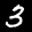
Label: 3